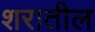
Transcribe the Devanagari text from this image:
शरातील